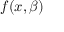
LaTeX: f ( x , \beta )